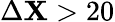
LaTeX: \Delta\mathbf{X}>20